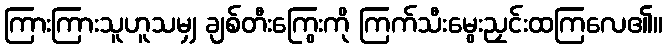
ကြားကြားသူဟူသမျှ ချစ်တီးကြွေးကို ကြက်သီးမွေးညှင်းထကြလေ၏။